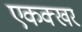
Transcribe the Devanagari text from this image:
एकक्खर